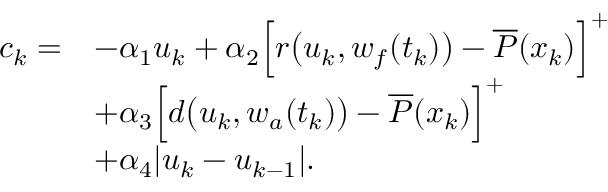
\begin{array} { r l } { c _ { k } = } & { - \alpha _ { 1 } u _ { k } + \alpha _ { 2 } \Big [ r \big ( u _ { k } , w _ { f } ( t _ { k } ) \big ) - \overline { { P } } ( x _ { k } ) \Big ] ^ { + } } \\ & { + \alpha _ { 3 } \Big [ d \big ( u _ { k } , w _ { a } ( t _ { k } ) \big ) - \overline { { P } } ( x _ { k } ) \Big ] ^ { + } } \\ & { + \alpha _ { 4 } | u _ { k } - u _ { k - 1 } | . } \end{array}